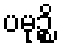
ပမုဉ္စိ